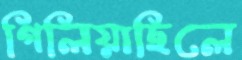
গিলিয়াছিলে